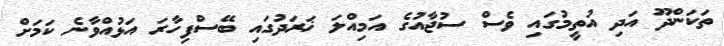
ތަކަންދޫ އަދި އުތީމުގައި ވެސް ސުޖާއުގެ އަމިއްލަ ޚަރަދުގައި ބޭސްފިހާރަ އަޅުއްވާނެ ކަަމަށް